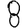
Digit: 8